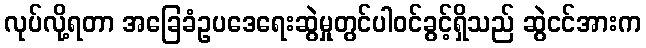
လုပ်လို့ရတာ အခြေခံဥပဒေရေးဆွဲမှုတွင်ပါဝင်ခွင့်ရှိသည် ဆွဲငင်အားက